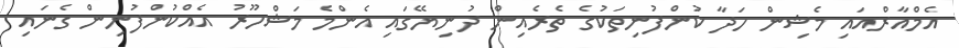
އެމްއާރްއައި މެޝިން ހަދާ ކުންފުނިތަކުގެ ތެރެއިން ދުނިޔޭގައި އެންމެ މަޝްހޫރު އެއްކުންފުނިން ގެނައި